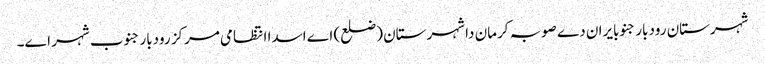
شہرستان رودبار جنوبایران دے صوبہ کرمان دا شہرستان (ضلع) اے اسدا انتظامی مرکز رودبار جنوب شہر اے۔